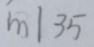
m \vert 3 5